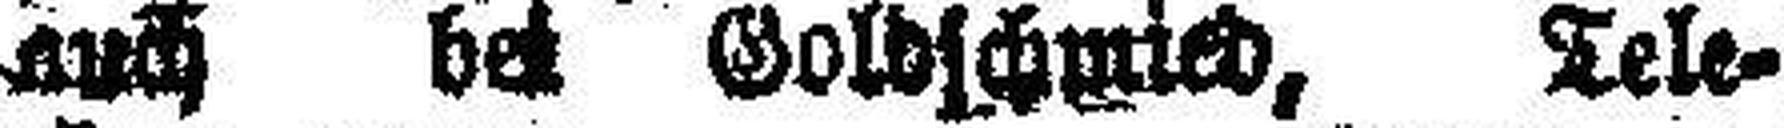
auch bei Goldschmied, Tele¬